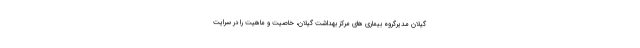
گیلان مدیرگروه بیماری های مرکز بهداشت گیلان، خاصیت و ماهیت را در سرایت